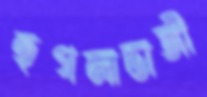
হুগলাডাঙ্গী